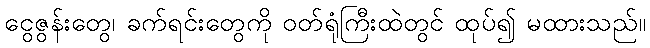
ငွေဇွန်းတွေ၊ ခက်ရင်းတွေကို ဝတ်ရုံကြီးထဲတွင် ထုပ်၍ မထားသည်။